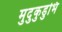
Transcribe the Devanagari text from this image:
मुदुकुडुभि